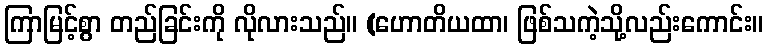
ကြာမြင့်စွာ တည်ခြင်းကို လိုလားသည်။ (ဟောတိယထာ၊ ဖြစ်သကဲ့သို့လည်းကောင်း။